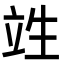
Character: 𮄫